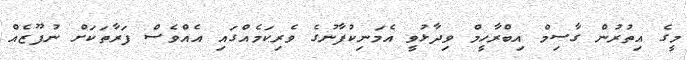
މީގެ އިތުރުން ގާސިމް އިބްރާހީމް ވިދާޅުވީ އެމަނިކުފާނުގެ ވެރިކަމެއްގައި އެއްވެސް ފަރާތަކަށް ނުފޫޒެއް